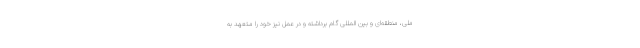
ملی، منطقه‌ای و بین المللی گام برداشته و در عمل نیز خود را متعهد به